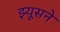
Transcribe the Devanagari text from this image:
झ्यूसने